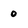
Character: 0